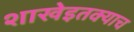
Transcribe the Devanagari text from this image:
शाखेइतक्याच